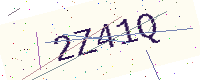
Text: 2Z41Q